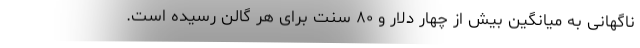
ناگهانی به میانگین بیش از چهار دلار و ۸۰ سنت برای هر گالن رسیده است.